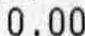
0.00